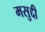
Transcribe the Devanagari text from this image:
मसुद्दी